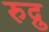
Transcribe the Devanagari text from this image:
रुद्रु